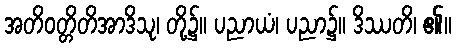
အတိဝတ္တိတိအာဒိသု၊ တို့၌။ ပညာယံ၊ ပညာ၌။ ဒိဿတိ၊ ၏။